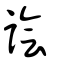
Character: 譮